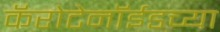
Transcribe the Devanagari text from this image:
कॅरोटेनॉईडच्या